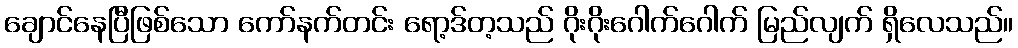
ချောင်နေပြီဖြစ်သော ကော်နက်တင်း ရော့ဒ်တ့သည် ဂိုးဂိုးဂေါက်ဂေါက် မြည်လျက် ရှိလေသည်။